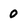
Character: 0